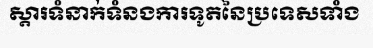
ស្តារទំនាក់ទំនងការទូតនៃប្រទេសទាំង